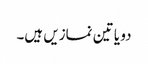
دو یا تین نمازیں ہیں۔